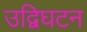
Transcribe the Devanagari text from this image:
उद्विघटन